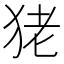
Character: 狫